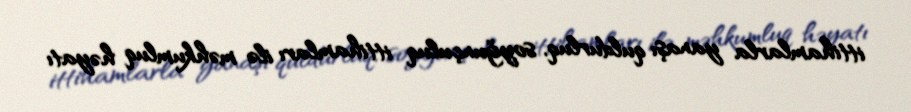
ittihamlarla yanaşı quldurluq, soyğunçuluq ittihamları ilə məhkumluq həyatı